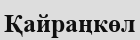
Қайраңкөл